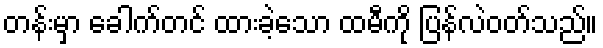
တန်းမှာ ခေါက်တင် ထားခဲ့သော ထမီကို ပြန်လဲဝတ်သည်။